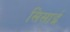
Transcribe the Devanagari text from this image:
सिसाई